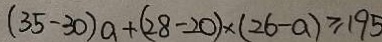
( 3 5 - 3 0 ) a + ( 2 8 - 2 0 ) \times ( 2 6 - a ) \geq 1 9 5